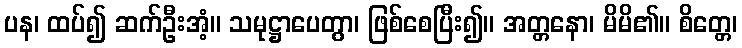
ပန၊ ထပ်၍ ဆက်ဦးအံ့။ သမုဋ္ဌာပေတွာ၊ ဖြစ်စေပြီး၍။ အတ္တနော၊ မိမိ၏။ စိတ္တေ၊